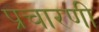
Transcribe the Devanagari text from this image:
प्रचारणी